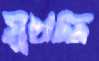
মুখদ্দ